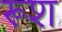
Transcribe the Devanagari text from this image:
रूश